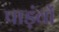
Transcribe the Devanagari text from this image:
पाड़ंवों